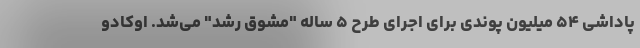
پاداشی ۵۴ میلیون پوندی برای اجرای طرح ۵ ساله "مشوق رشد" می‌شد. اوکادو